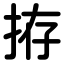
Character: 拵